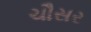
ચૌસર